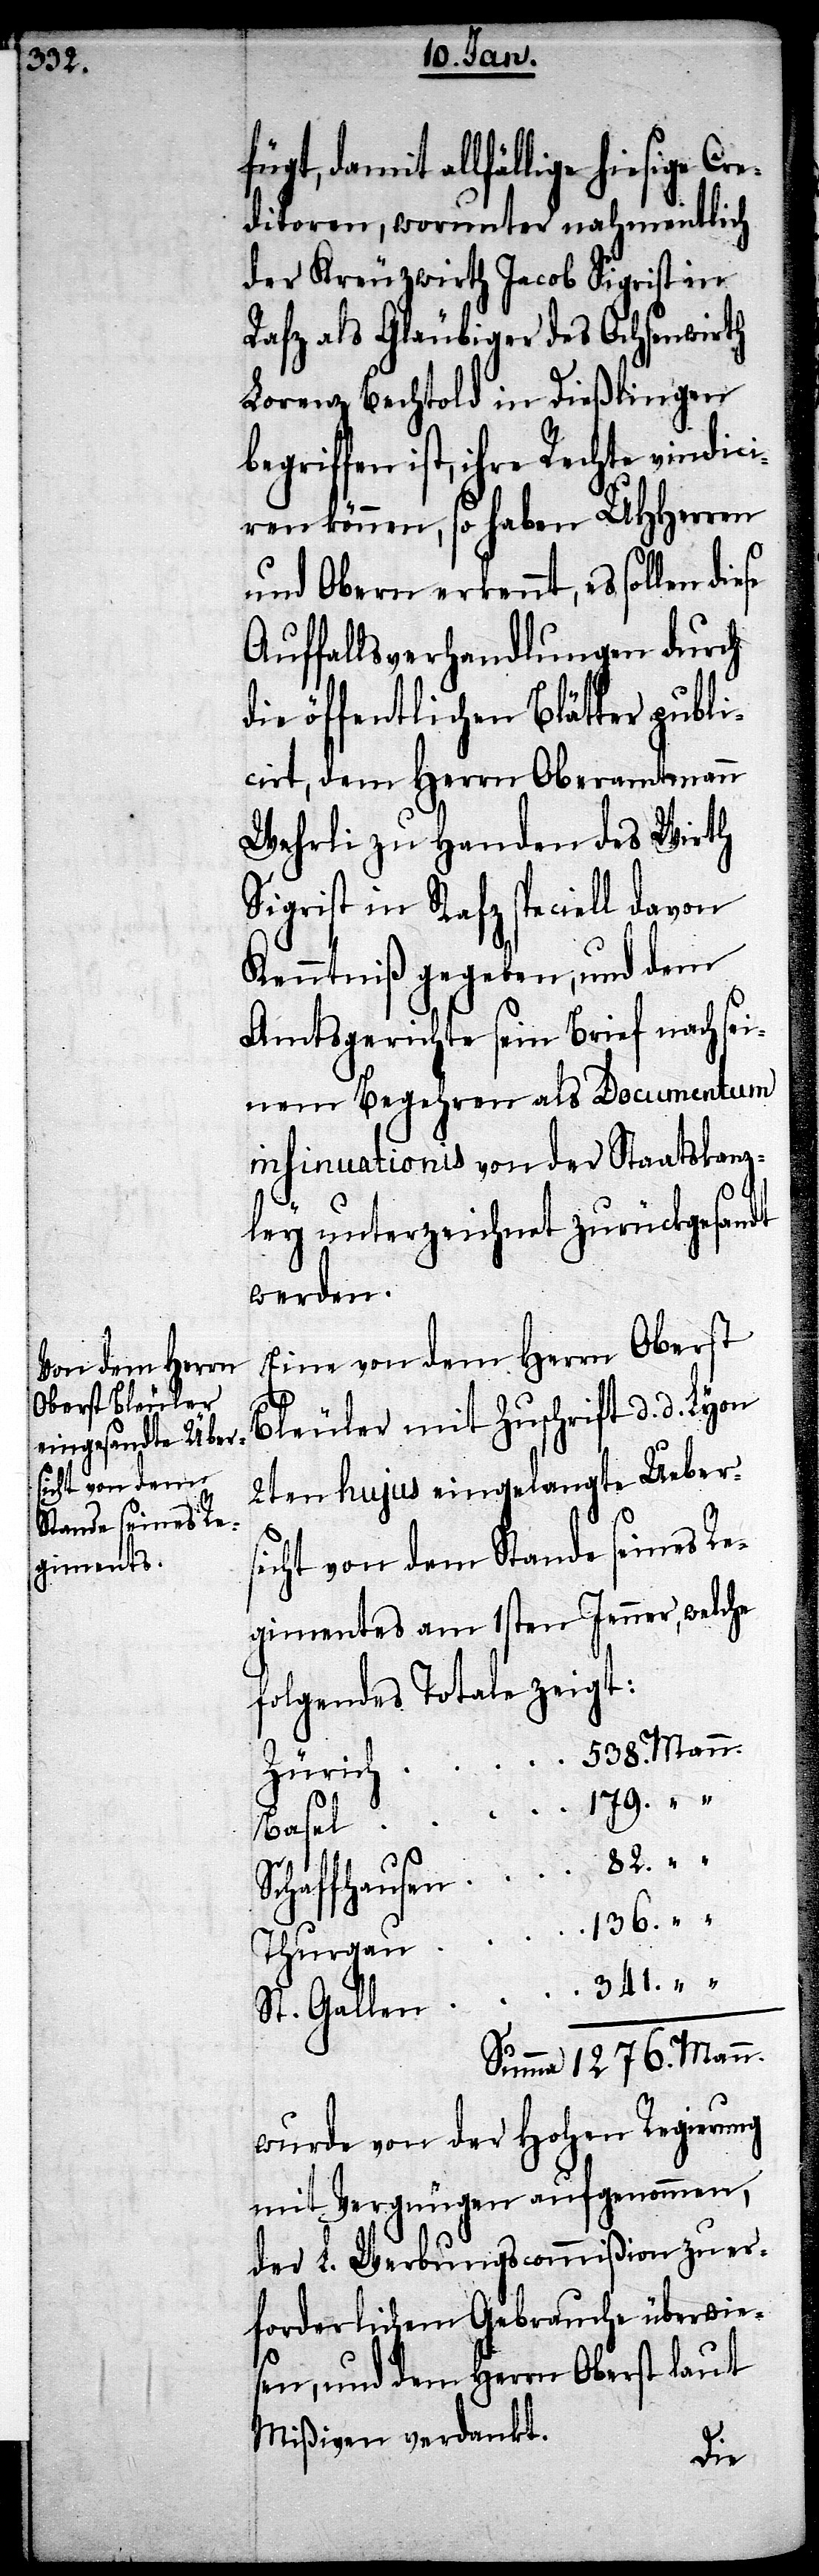
damit allfällige hiesige Co¬
nditoren, worunter nahmentlich
der Kreuzwirth Jacob Sigrist in
Rafz als Gläubiger des Ochsenwirth
Lorenz Bechtold in Dießlingen
begriffen ist, ihre Rechte vindici¬
ren können, so haben UHHerren
und Obern erkennt, es sollen die¬
Auffallsverhandlungen durch
die öffentlichen Blätter publi¬
cirt, dem Herrn Oberamtsmann
Wehrli zu Handen des Wirth
Sigrist in Rafz speciell davon
Kenntniß gegeben, und dem
Amsgerichte sein Brief nach sei¬
nem Begehren als Documentum
insinuationis von der Staatskanz¬
ley unterzeichnet zurückgesandt
werden.
se